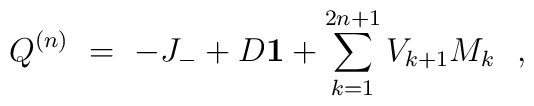
Q ^{(n)}  \ =\ -J_{-} + D {\bf 1} + \sum_{k=1}^{2n+1} V_{k+1} M_k\ \ ,